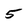
Character: 5